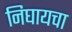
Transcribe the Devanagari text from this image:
निघायचा